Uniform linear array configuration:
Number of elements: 32
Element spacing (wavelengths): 0.5
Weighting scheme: cosine
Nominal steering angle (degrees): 60
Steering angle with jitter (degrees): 60.623
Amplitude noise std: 0.05
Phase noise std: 0.05

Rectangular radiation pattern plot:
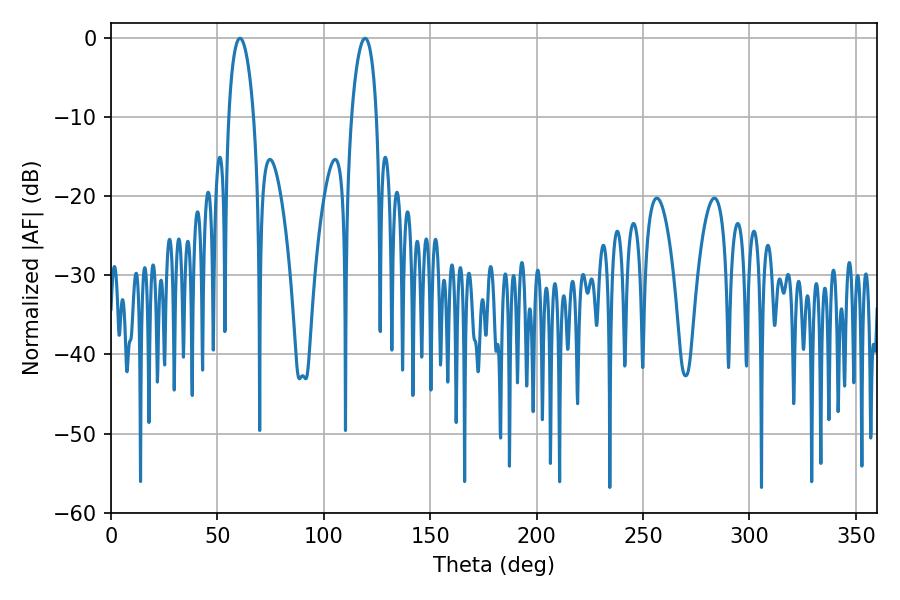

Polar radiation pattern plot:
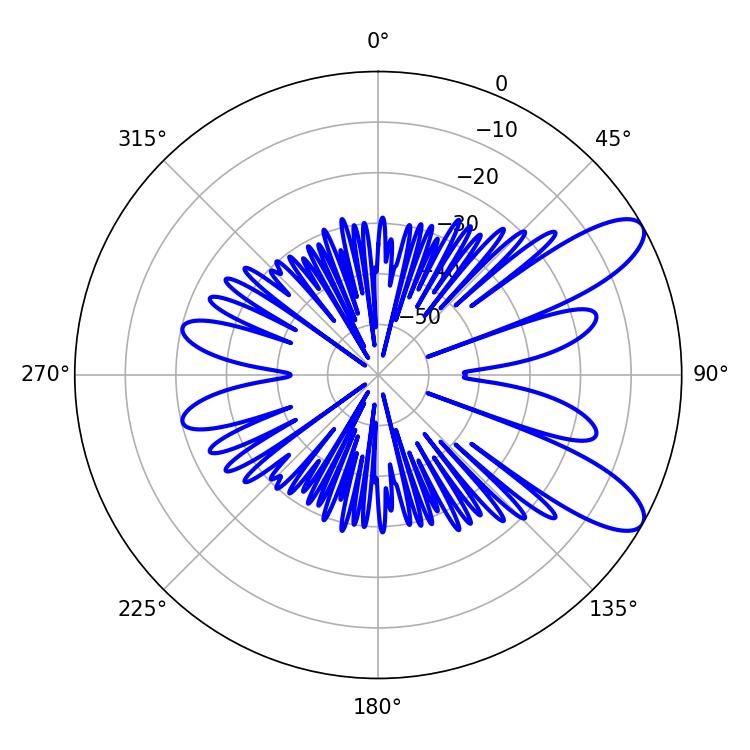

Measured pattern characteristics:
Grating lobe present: FALSE
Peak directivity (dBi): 9.564
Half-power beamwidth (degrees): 6.66
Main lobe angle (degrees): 60.66